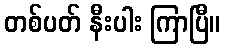
တစ်ပတ် နီးပါး ကြာပြီ။